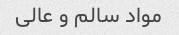
مواد سالم و عالی